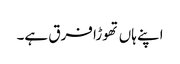
اپنے ہاں تھوڑا فرق ہے۔